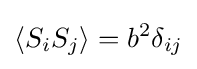
\langle S_{i}S_{j}\rangle =b^{2}\delta _{ij}